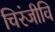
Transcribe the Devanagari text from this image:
चिरंजीवि